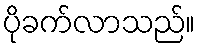
ပိုခက်လာသည်။